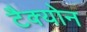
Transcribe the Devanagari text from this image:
टैक्योन